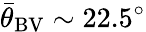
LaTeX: {\bar{\theta}}_{\mathrm{BV}}\sim 22.5^{\circ}